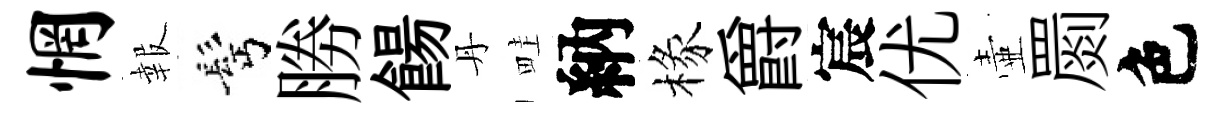
惘報髩勝餳丹畦納椽爵宸优壷罽色